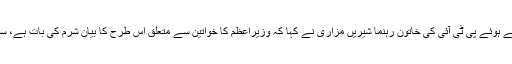
اس حوالے سے اے آر وائی نیوز سے گفتگو کرتے ہوئے پی ٹی آئی کی خاتون رہنما شیریں مزاری نے کہا کہ وزیراعظم کا خواتین سے متعلق اس طرح کا بیان شرم کی بات ہے، سچ میں نوازشریف کا ذہنی توازن خراب ہوگیا ہے۔